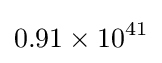
0.91\times 10^{41}